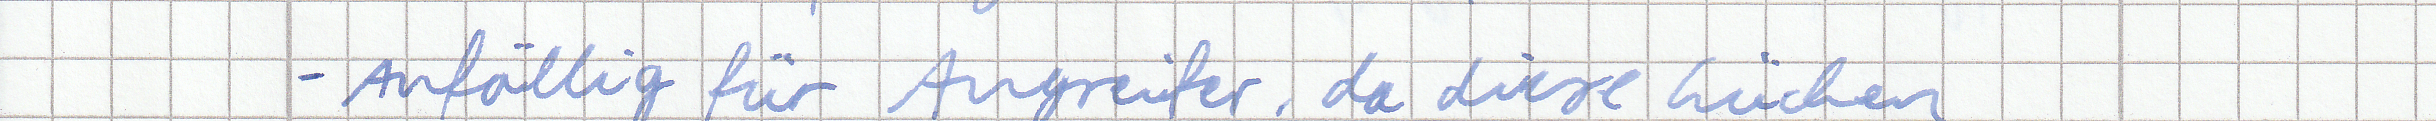
- Anfällig für Angreifer, da diese Lücken